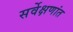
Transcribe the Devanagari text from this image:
सर्वेक्षणांत